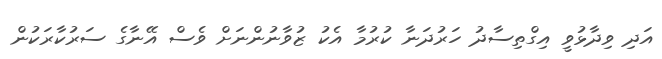
އަދި ވިދާޅުވީ އިގްތިސާދު ހަރުދަނާ ކުރުމާ އެކު ޒުވާނުންނަށް ވެސް އޭނާގެ ސަރުކާރަކުން